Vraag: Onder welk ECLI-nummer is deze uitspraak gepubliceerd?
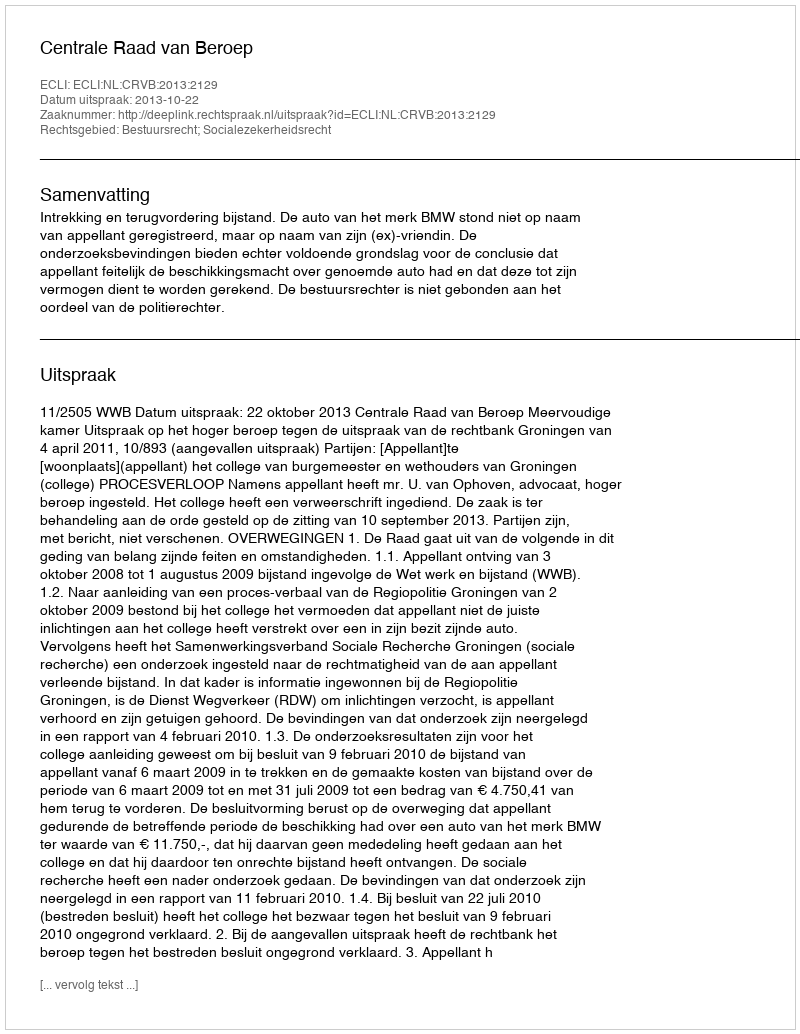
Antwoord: ECLI:NL:CRVB:2013:2129